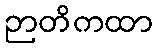
ဉာတိကထာ